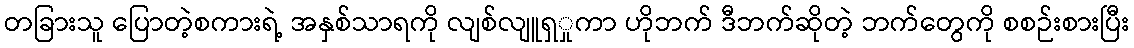
တခြားသူ ပြောတဲ့စကားရဲ့ အနှစ်သာရကို လျစ်လျူရှှုကာ ဟိုဘက် ဒီဘက်ဆိုတဲ့ ဘက်တွေကို စစဉ်းစားပြီး